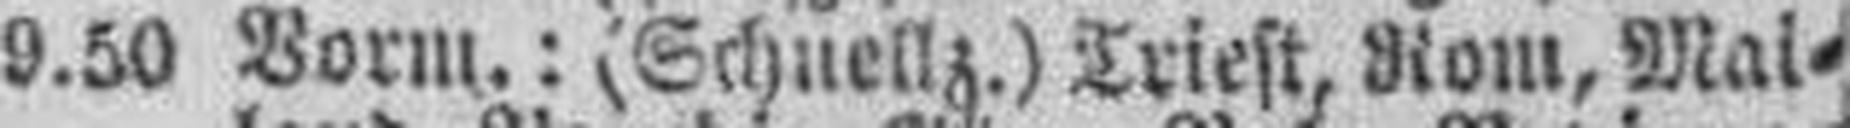
9.50 Vorm.: (Schnellz.) Triest, Rom, Mai¬